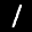
Label: 1